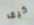
كيف